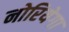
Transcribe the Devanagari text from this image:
नोरियेगा